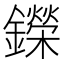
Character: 鑅